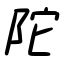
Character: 陀